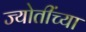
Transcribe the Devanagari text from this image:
ज्योतींच्या